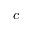
c